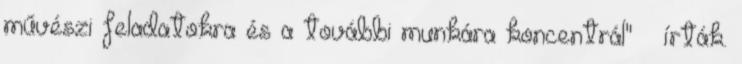
művészi feladatokra és a további munkára koncentrál" – írták.